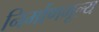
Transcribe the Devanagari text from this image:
निर्माणमूल्य